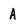
Character: A